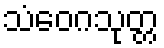
သံဝေဂသုတ္တ